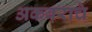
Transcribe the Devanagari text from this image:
अकबराचे